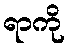
ရာကို